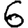
Digit: 6